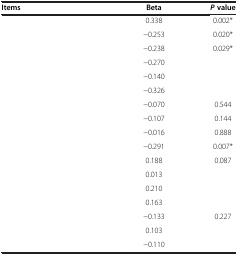
<table><thead><tr><td><b>Items</b></td><td><b>Beta</b></td><td><b><i>P </i>value</b></td></tr></thead><tbody><tr><td>[EMPTY_CELL]</td><td>0.338</td><td>0.002*</td></tr><tr><td>[EMPTY_CELL]</td><td>-0.253</td><td>0.020*</td></tr><tr><td>[EMPTY_CELL]</td><td>-0.238</td><td>0.029*</td></tr><tr><td>[EMPTY_CELL]</td><td>-0.270</td><td>[EMPTY_CELL]</td></tr><tr><td>[EMPTY_CELL]</td><td>-0.140</td><td>[EMPTY_CELL]</td></tr><tr><td>[EMPTY_CELL]</td><td>-0.326</td><td>[EMPTY_CELL]</td></tr><tr><td>[EMPTY_CELL]</td><td>-0.070</td><td>0.544</td></tr><tr><td>[EMPTY_CELL]</td><td>-0.107</td><td>0.144</td></tr><tr><td>[EMPTY_CELL]</td><td>-0.016</td><td>0.888</td></tr><tr><td>[EMPTY_CELL]</td><td>-0.291</td><td>0.007*</td></tr><tr><td>[EMPTY_CELL]</td><td>0.188</td><td>0.087</td></tr><tr><td>[EMPTY_CELL]</td><td>0.013</td><td>[EMPTY_CELL]</td></tr><tr><td>[EMPTY_CELL]</td><td>0.210</td><td>[EMPTY_CELL]</td></tr><tr><td>[EMPTY_CELL]</td><td>0.163</td><td>[EMPTY_CELL]</td></tr><tr><td>[EMPTY_CELL]</td><td>-0.133</td><td>0.227</td></tr><tr><td>[EMPTY_CELL]</td><td>0.103</td><td>[EMPTY_CELL]</td></tr><tr><td>[EMPTY_CELL]</td><td>-0.110</td><td>[EMPTY_CELL]</td></tr></tbody></table>